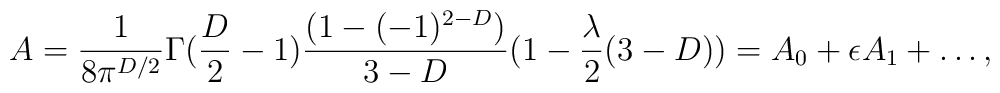
A= \frac{1}{8 \pi^{D/2} } \Gamma(\frac{D}{2}-1) \frac{(1-(-1)^{2-D})}{3-D} (1-\frac{\lambda}{2} (3-D)) = A_0 + \epsilon A_1 + \ldots,